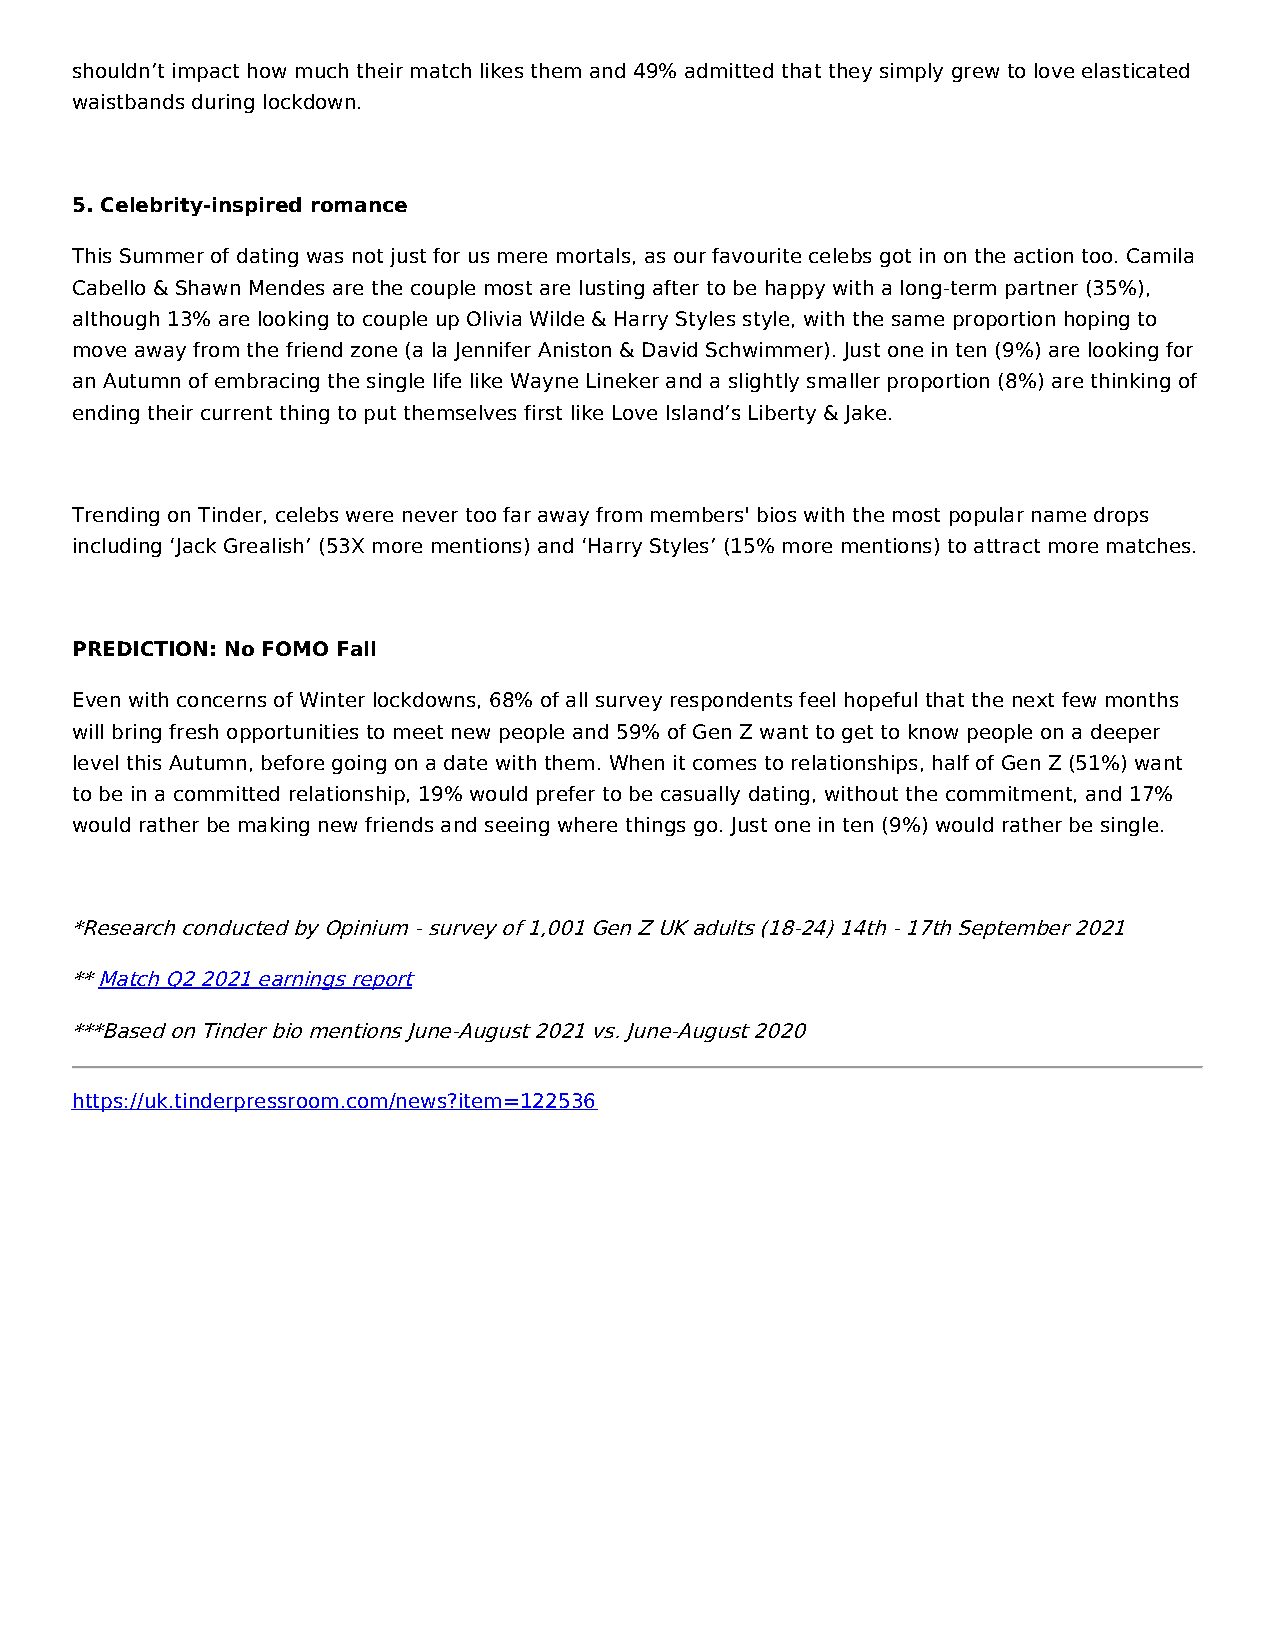
shouldn’t impact how much their match likes them and 49% admitted that they simply grew to love elasticated
 waistbands during lockdown.
 5. Celebrity-inspired romance
 This Summer of dating was not just for us mere mortals, as our favourite celebs got in on the action too. Camila
 Cabello & Shawn Mendes are the couple most are lusting after to be happy with a long-term partner (35%),
 although 13% are looking to couple up Olivia Wilde & Harry Styles style, with the same proportion hoping to
 move away from the friend zone (a la Jennifer Aniston & David Schwimmer). Just one in ten (9%) are looking for
 an Autumn of embracing the single life like Wayne Lineker and a slightly smaller proportion (8%) are thinking of
 ending their current thing to put themselves first like Love Island’s Liberty & Jake.
 Trending on Tinder, celebs were never too far away from members' bios with the most popular name drops
 including ‘Jack Grealish’ (53X more mentions) and ‘Harry Styles’ (15% more mentions) to attract more matches.
 PREDICTION: No FOMO Fall
 Even with concerns of Winter lockdowns, 68% of all survey respondents feel hopeful that the next few months
 will bring fresh opportunities to meet new people and 59% of Gen Z want to get to know people on a deeper
 level this Autumn, before going on a date with them. When it comes to relationships, half of Gen Z (51%) want
 to be in a committed relationship, 19% would prefer to be casually dating, without the commitment, and 17%
 would rather be making new friends and seeing where things go. Just one in ten (9%) would rather be single.
 *Research conducted by Opinium - survey of 1,001 Gen Z UK adults (18-24) 14th - 17th September 2021
 ** Match Q2 2021 earnings report
 ***Based on Tinder bio mentions June-August 2021 vs. June-August 2020
 https://uk.tinderpressroom.com/news?item=122536